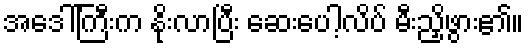
အဒေါ်ကြီးက နိုးလာပြီး ဆေးပေါ့လိပ် မီးညှိဖွား၏။